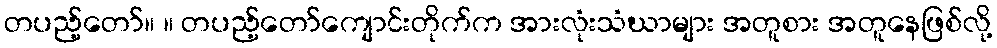
တပည့်တော်။ ။ တပည့်တော်ကျောင်းတိုက်က အားလုံးသံဃာများ အတူစား အတူနေဖြစ်လို့